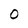
Character: 0